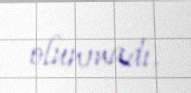
olunmadı.